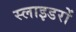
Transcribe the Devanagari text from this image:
स्लाइडरों